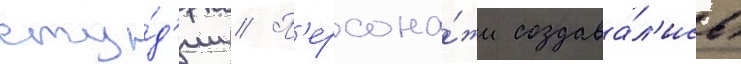
сту́д'ии // П'ерсона́жи создава́л'ись